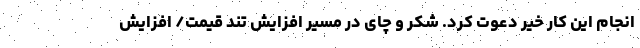
انجام این کار خیر دعوت کرد. شکر و چای در مسیر افزایش تند قیمت/ افزایش